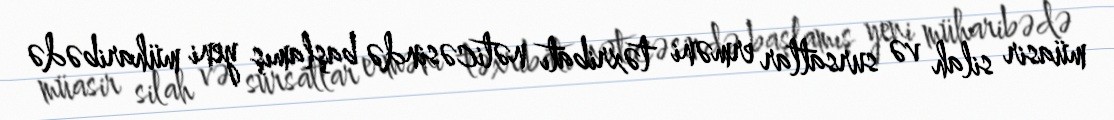
müasir silah və sursatlar erməni təxribatı nəticəsində başlamış yeni müharibədə